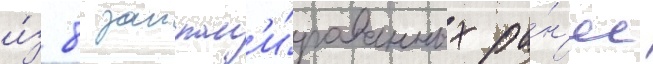
и́з 8 заплан'и́рованных ра́н'ее